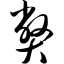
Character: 弊